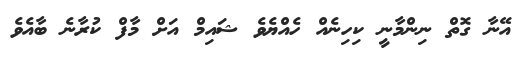
އޭނާ ގޮތް ނިންމާނީ ކިހިނެއް ހެއްޔެވެ ޝައިމް އަށް މާފް ކުރާނެ ބާއެވެ